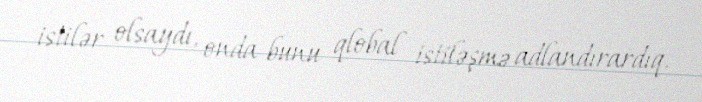
istilər olsaydı, onda bunu qlobal istiləşmə adlandırardıq.